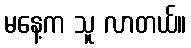
မနေ့က သူ လာတယ်။